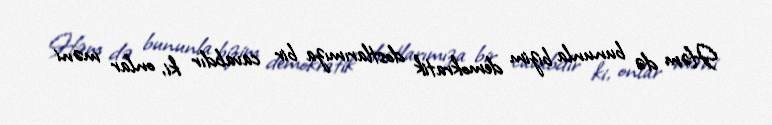
Həm də bununla bizim demokratik dostlarımıza bir cavabdır ki, onlar məni